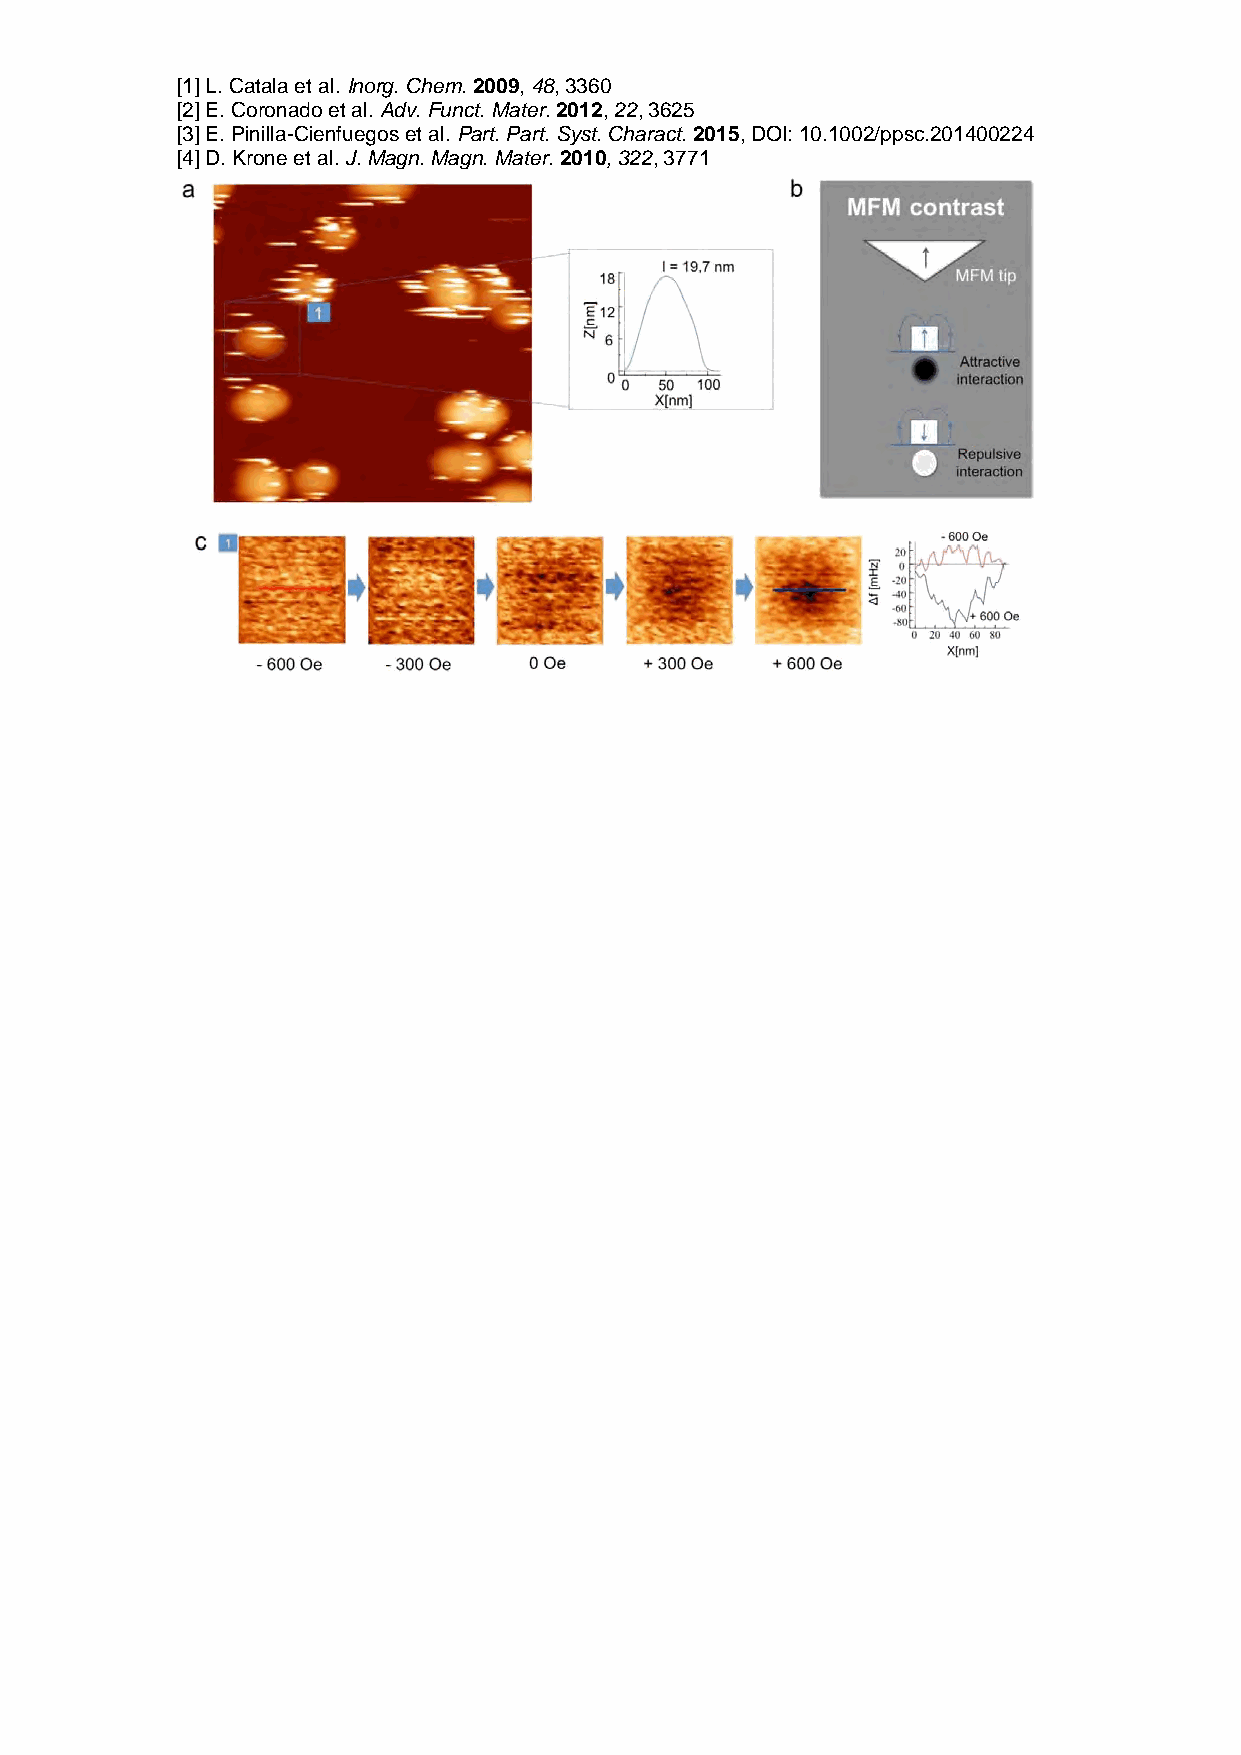
[1] L. Catala et al. Inorg. Chem. 2009, 48, 3360
 [2] E. Coronado et al. Adv. Funct. Mater. 2012, 22, 3625
 [3] E. Pinilla-Cienfuegos et al. Part. Part. Syst. Charact. 2015, DOI: 10.1002/ppsc.201400224
 [4] D. Krone et al. J. Magn. Magn. Mater. 2010, 322, 3771